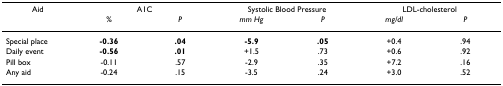
<table><thead><tr><td><b>Aid</b></td><td colspan="2"><b>A1C</b></td><td colspan="2"><b>Systolic Blood Pressure</b></td><td colspan="2"><b>LDL-cholesterol</b></td></tr><tr><td></td><td><b><i>%</i></b></td><td><b><i>P</i></b></td><td><b><i>mm Hg</i></b></td><td><b><i>P</i></b></td><td><b><i>mg/dl</i></b></td><td><b><i>P</i></b></td></tr></thead><tbody><tr><td>Special place</td><td><b>-0.36</b></td><td><b>.04</b></td><td><b>-5.9</b></td><td><b>.05</b></td><td>+0.4</td><td>.94</td></tr><tr><td>Daily event</td><td><b>-0.56</b></td><td><b>.01</b></td><td>+1.5</td><td>.73</td><td>+0.6</td><td>.92</td></tr><tr><td>Pill box</td><td>-0.11</td><td>.57</td><td>-2.9</td><td>.35</td><td>+7.2</td><td>.16</td></tr><tr><td>Any aid</td><td>-0.24</td><td>.15</td><td>-3.5</td><td>.24</td><td>+3.0</td><td>.52</td></tr></tbody></table>